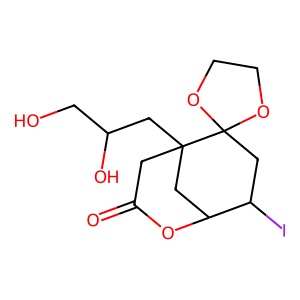
SMILES: O=C1CC2(CC(O)CO)CC(O1)C(I)CC21OCCO1
Inhibits HIV replication: No